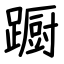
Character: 蹰